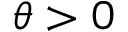
\theta > 0